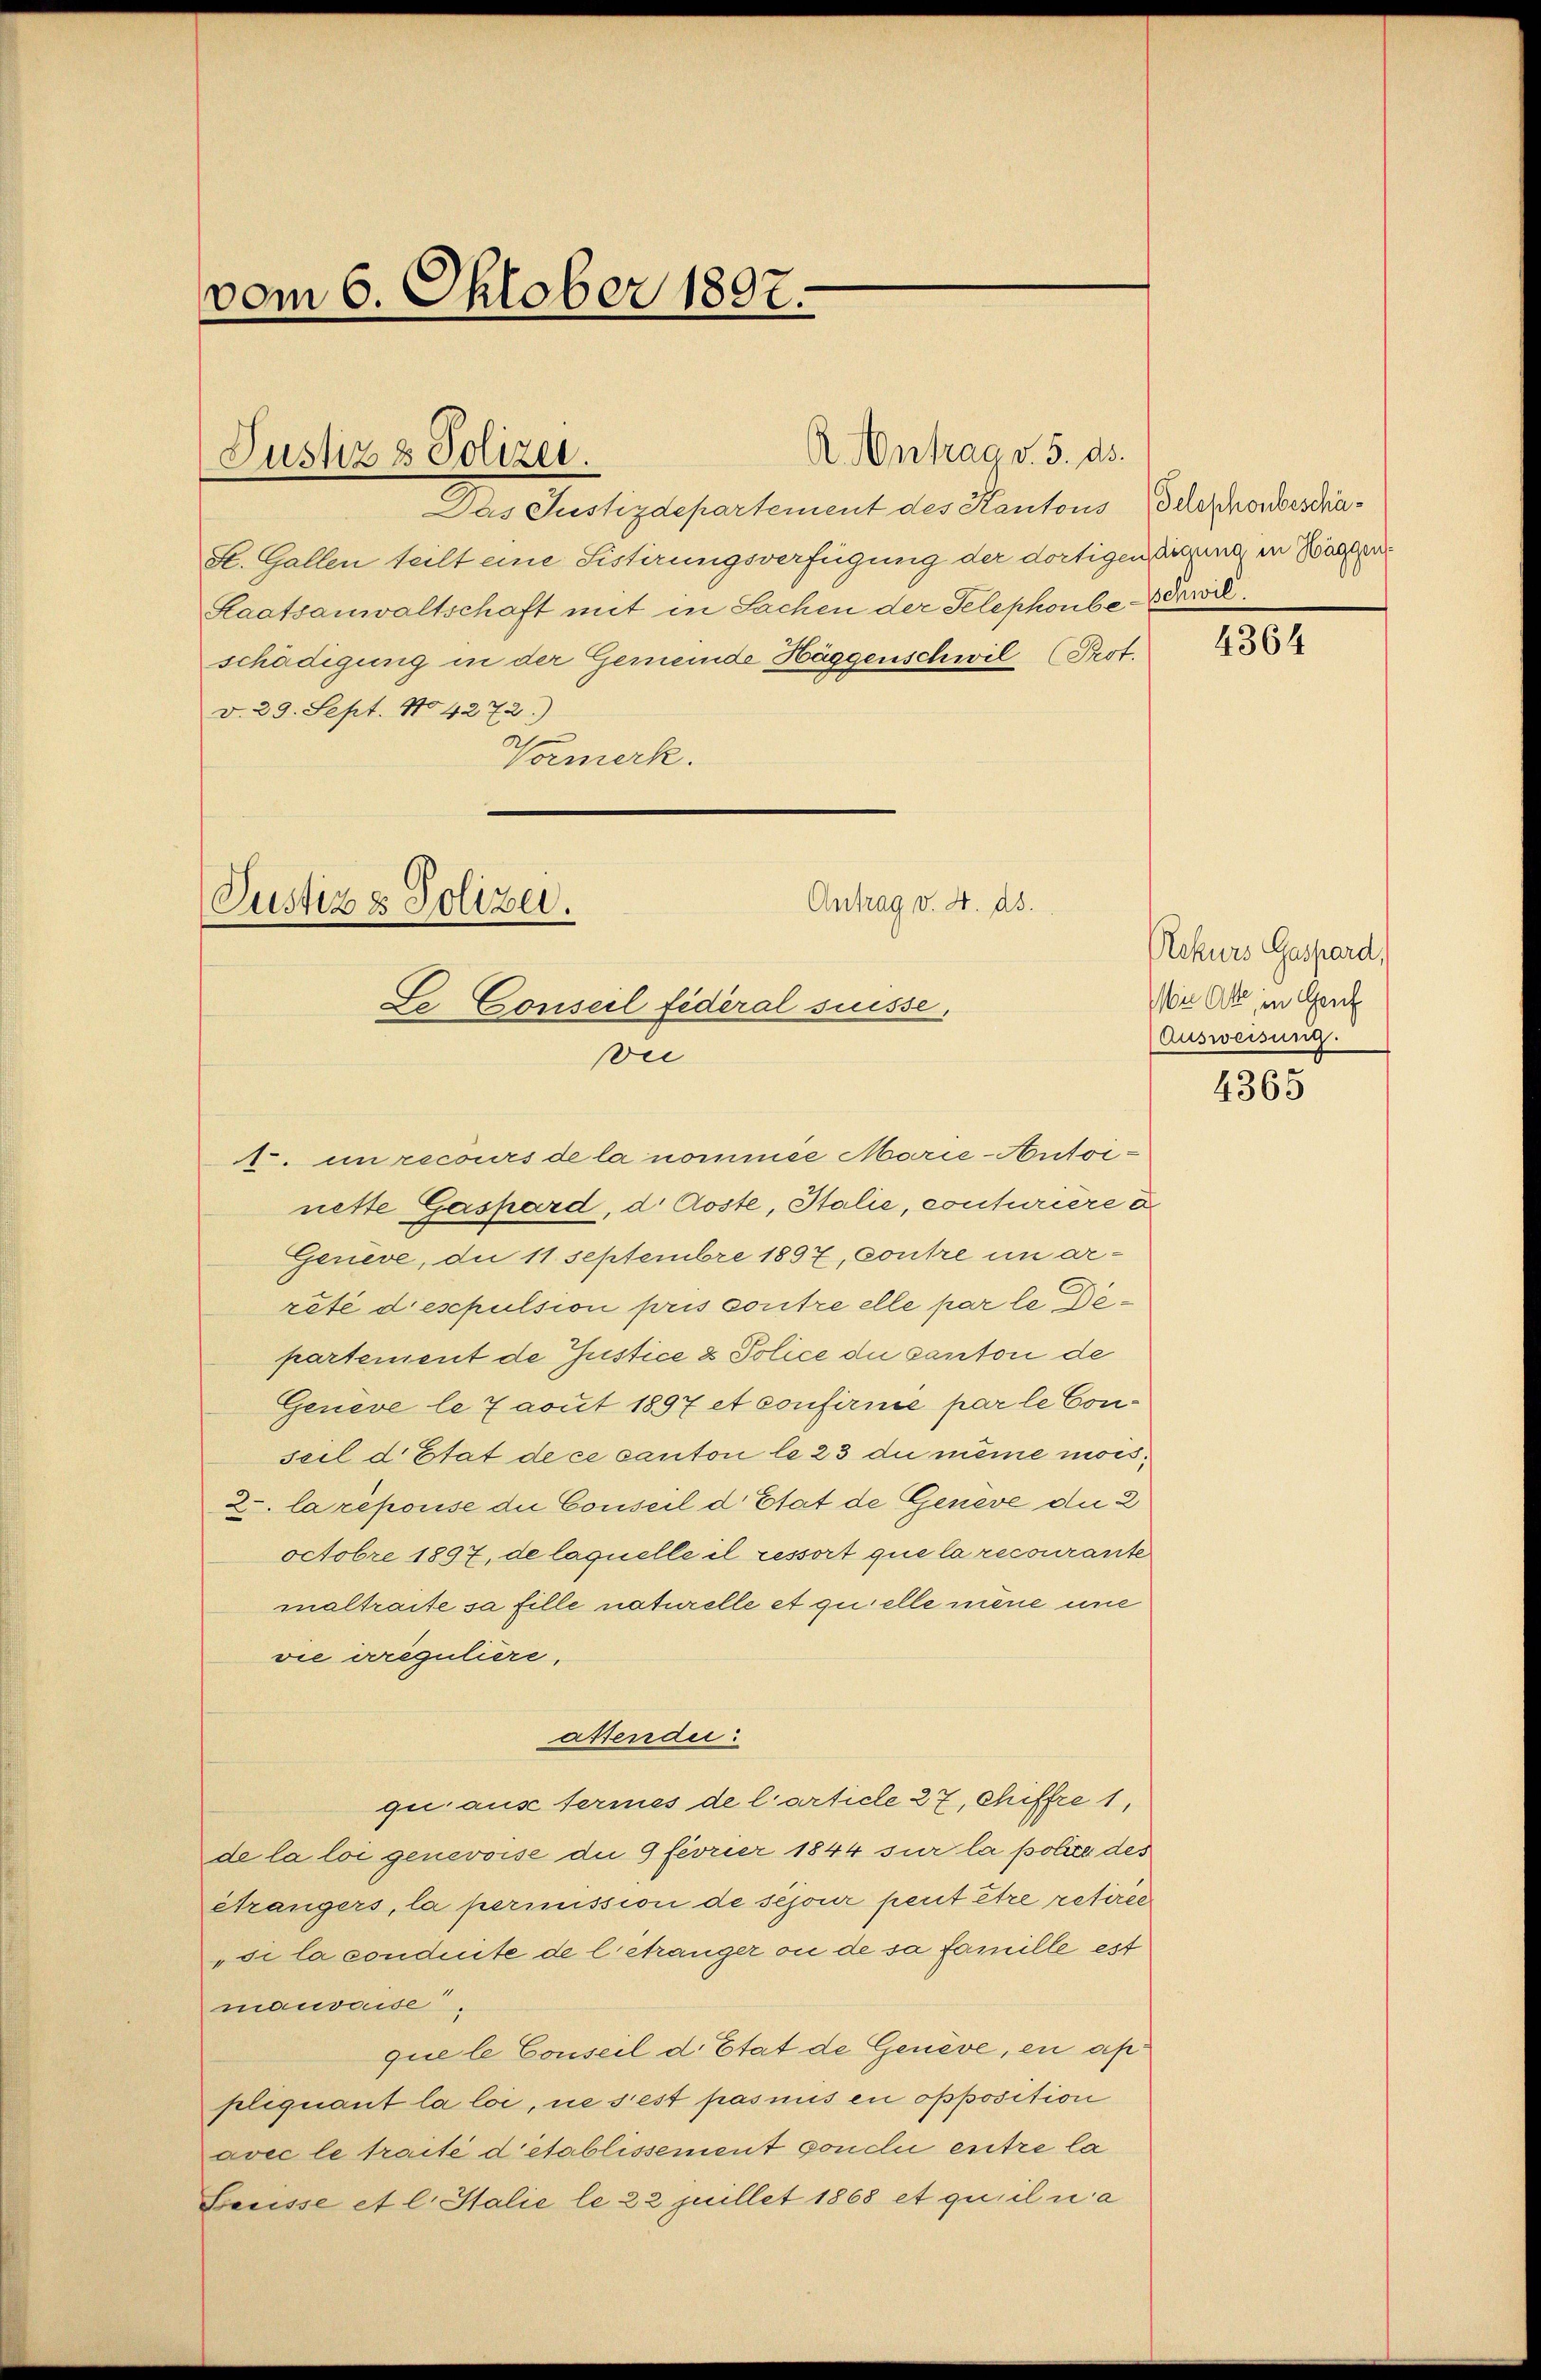
vom 6. Oktober 1897.

Justiz & Polizei.

St. Gallen teilt eine Sistirungsverfügung der dortigen dingung in Walten
Staatsanwaltschaft mit in Sachen der Telephonberwil.
schädigung in der Gemeinde Häggenschwil (Prot.
v. 29. Sept. 104272.)
Varmerk.

Antrag v. 4. ds.
Justiz & Polizei.
Se Conseil fédéral suisse.
vei
A. unrecours de la nommée Marie-Antoi-

A. Antrag v. 5. ds.

Das Justizdepartement des Kantons Telephonbeschä¬

nette Gaspard, d. Koste, Stalie, conturiere d
Geneve, die 11 Septembre 1897, Contre un arreté deschulsion pris contre elle par le Departement de Justice & Police du canton de
Geneve le 7 aout 1897 et confirme par le Conseil d’Etat de ce canton le 23 du même mois¬
2. la répouse die Conseil d. Etat de Geneve die 2
octobre 1897, de laquelle il ressort que la recourante
maltraite sa fille naturelle et quelle mène une
vie erreguliere.
astendii:
quaus termes de l’article 27, Chiffre 1,
de la loi genevoise die 9 fevrier 1844 sur la polier des
etrangers, la permission de séjour peut être retirée
„si la conduite de l. etranger ou de sa famille est
mauvaise,
que le Conseil d. Etat de Genève, en ap
pliquant la loi, ne sest pasnis en opposition
avec le traité d’établissement condi entre la
Grrisse et l. Stalie le 22 Juillet 1868 et qu’il na

4364

Rekurs Gaspard,
Nie Akte, in Gruf
Ausweisung.

4365